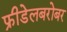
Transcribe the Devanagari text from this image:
फ्रीडेलबरोबर